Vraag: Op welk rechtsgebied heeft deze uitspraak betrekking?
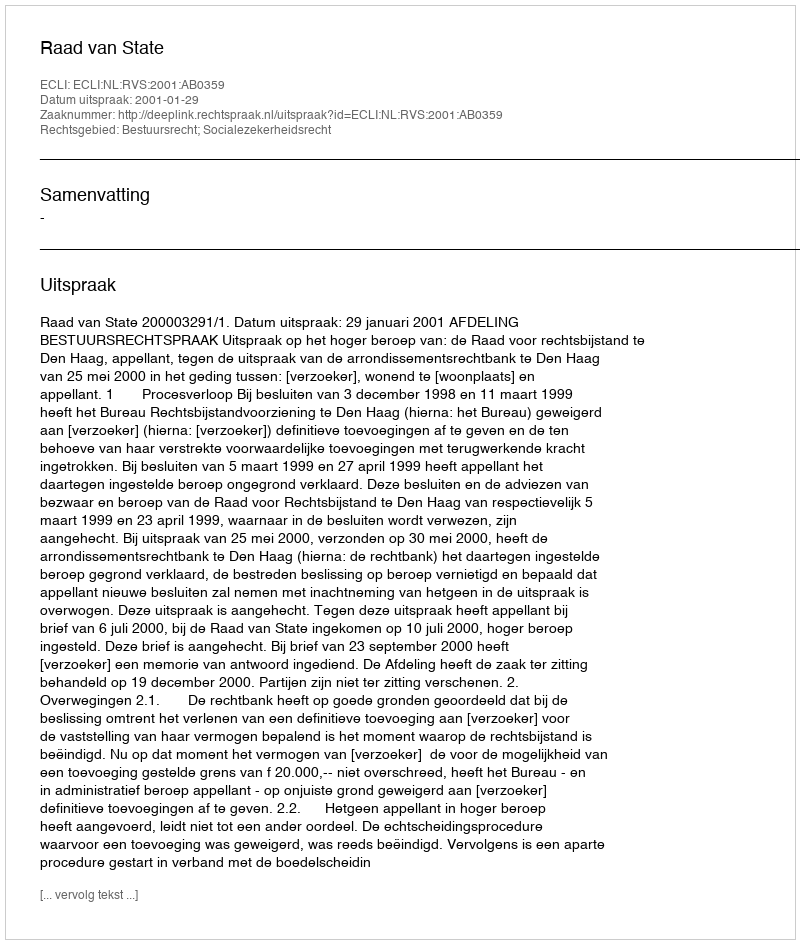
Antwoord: Bestuursrecht; Socialezekerheidsrecht